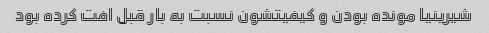
شیرینیا مونده بودن و کیفیتشون نسبت به بار قبل افت کرده بود